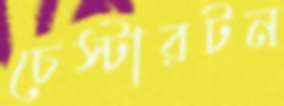
চেস্টারটন